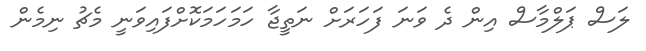
ލަސް ޕަލްމާސް އިން ދެ ވަނަ ފަހަރަށް ނަތީޖާ ހަމަހަމަކޮށްފައިވަނީ މެޗު ނިމެން